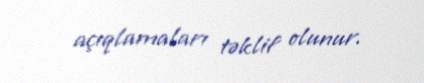
açıqlamaları təklif olunur.